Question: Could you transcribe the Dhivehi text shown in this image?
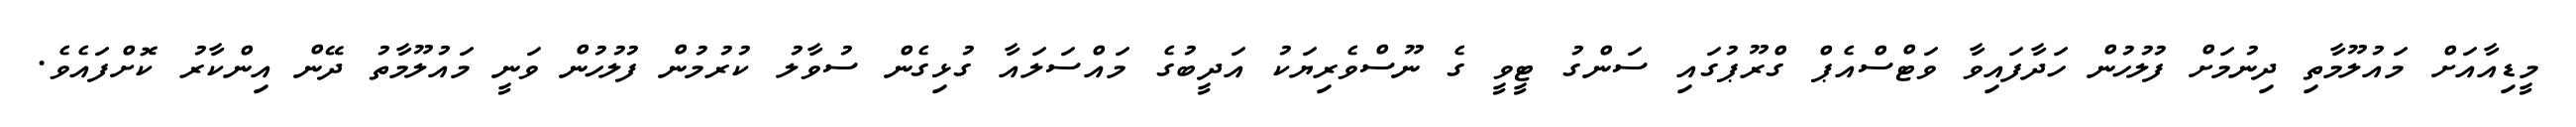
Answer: މީޑިއާއަށް މައުލޫމާތި ދިނުމަށް ފުލުހުން ހަދާފައިވާ ވަޓްސްއެޕް ގްރޫޕުގައި ސަންގު ޓީވީ ގެ ނޫސްވެރިޔަކު އަދީބުގެ މައްސަލައާ ގުޅިގެން ސުވާލު ކުރުމުން ފުލުހުން ވަނީ މައުލޫމާތު ދޭން އިންކާރު ކޮށްފައެވެ.